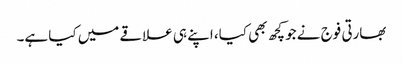
بھارتی فوج نے جو کچھ بھی کیا، اپنے ہی علاقے میں کیا ہے۔